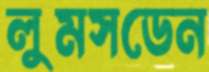
লুমসডেন